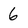
Character: 6